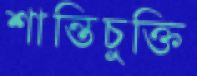
শান্তিচুক্তি